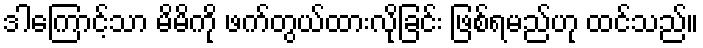
ဒါကြောင့်သာ မိမိကို ဖက်တွယ်ထားလိုခြင်း ဖြစ်ရမည်ဟု ထင်သည်။